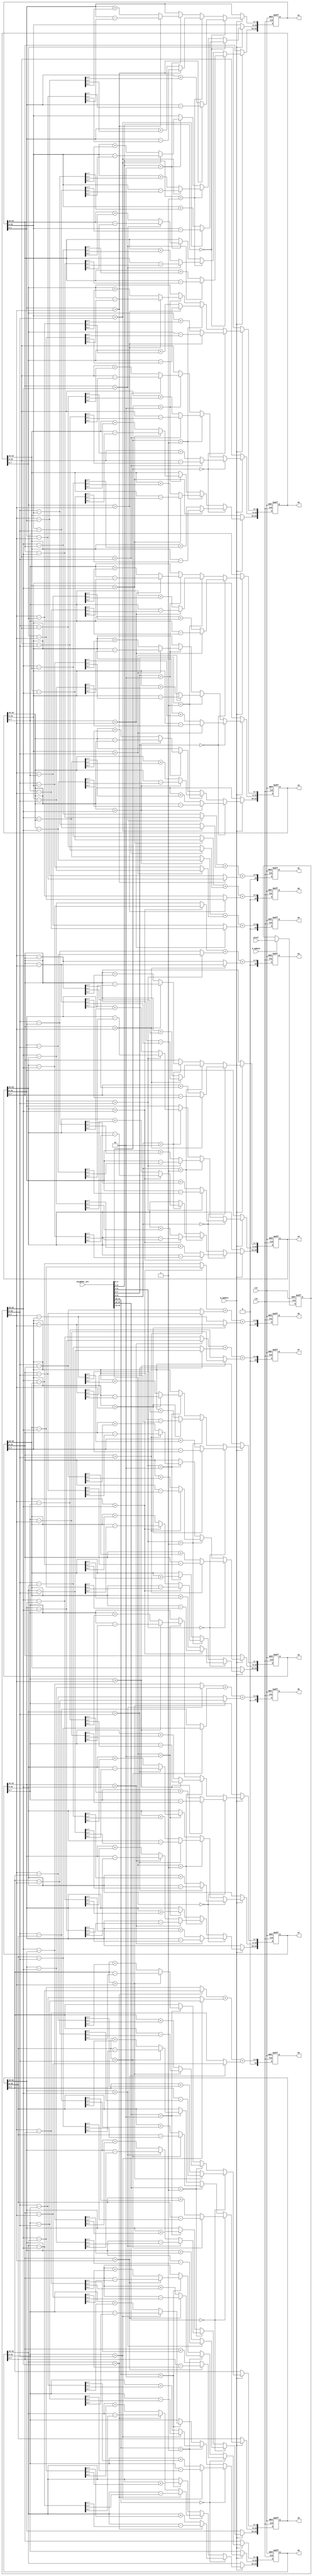
/////////////////////////////////////////////////////////////////////
// ---------------------- IVCAD 2022 Spring ---------------------- //
// ---------------------- Version : v.1.10  ---------------------- //
// ---------------------- Date : 2022.04.13 ---------------------- //
// ------------------------ VEP module --------------------------//
// ----------------- Feb. 2022 Willie authored --------------------//
/////////////////////////////////////////////////////////////////////

module VEP(clk, rst, W_update, D_update, neighbor_sel, pixel,
				d0, d1, d2, d3, d4, d5, d6, d7, w0, w1, w2, w3, w4, w5, w6, w7);

// ---------------------- input  ---------------------- //
	input clk; 
	input rst; 
	input W_update;
	input D_update;
	input [15:0] neighbor_sel; 
	input [23:0] pixel; 
	
// ---------------------- output  ---------------------- //
	output reg [10:0] d0;
	output reg [10:0] d1;
	output reg [10:0] d2;
	output reg [10:0] d3;
	output reg [10:0] d4;
	output reg [10:0] d5;
	output reg [10:0] d6;
	output reg [10:0] d7;
	output reg [23:0] w0;
	output reg [23:0] w1;
	output reg [23:0] w2;
	output reg [23:0] w3;
	output reg [23:0] w4;
	output reg [23:0] w5;
	output reg [23:0] w6;
	output reg [23:0] w7;
	
// ---------------------- Write down Your design below  ---------------------- //
reg [23:0]RAM_IF_Q_LATCH;
reg [10:0] C_store[7:0];
reg [7:0] R1[7:0];
reg [7:0] G1[7:0];
reg [7:0] B1[7:0];

always@(posedge clk or posedge rst)begin
   if(rst)begin
      RAM_IF_Q_LATCH<=24'd0;
   end
   else begin
     if(D_update)begin
          RAM_IF_Q_LATCH<=pixel;
     end 
     else begin
      
     end
  end 
end

always@(*)begin
      R1[0] = (w0[23:16]>RAM_IF_Q_LATCH[23:16])?(w0[23:16]-RAM_IF_Q_LATCH[23:16]):(RAM_IF_Q_LATCH[23:16]-w0[23:16]);
      R1[1] = (w1[23:16]>RAM_IF_Q_LATCH[23:16])?(w1[23:16]-RAM_IF_Q_LATCH[23:16]):(RAM_IF_Q_LATCH[23:16]-w1[23:16]);
      R1[2] = (w2[23:16]>RAM_IF_Q_LATCH[23:16])?(w2[23:16]-RAM_IF_Q_LATCH[23:16]):(RAM_IF_Q_LATCH[23:16]-w2[23:16]);
      R1[3] = (w3[23:16]>RAM_IF_Q_LATCH[23:16])?(w3[23:16]-RAM_IF_Q_LATCH[23:16]):(RAM_IF_Q_LATCH[23:16]-w3[23:16]);
      R1[4] = (w4[23:16]>RAM_IF_Q_LATCH[23:16])?(w4[23:16]-RAM_IF_Q_LATCH[23:16]):(RAM_IF_Q_LATCH[23:16]-w4[23:16]);
      R1[5] = (w5[23:16]>RAM_IF_Q_LATCH[23:16])?(w5[23:16]-RAM_IF_Q_LATCH[23:16]):(RAM_IF_Q_LATCH[23:16]-w5[23:16]);
      R1[6] = (w6[23:16]>RAM_IF_Q_LATCH[23:16])?(w6[23:16]-RAM_IF_Q_LATCH[23:16]):(RAM_IF_Q_LATCH[23:16]-w6[23:16]);
      R1[7] = (w7[23:16]>RAM_IF_Q_LATCH[23:16])?(w7[23:16]-RAM_IF_Q_LATCH[23:16]):(RAM_IF_Q_LATCH[23:16]-w7[23:16]);
end
always@(*)begin
      G1[0] = (w0[15:8]>RAM_IF_Q_LATCH[15:8])?(w0[15:8]-RAM_IF_Q_LATCH[15:8]):(RAM_IF_Q_LATCH[15:8]-w0[15:8]);      
      G1[1] = (w1[15:8]>RAM_IF_Q_LATCH[15:8])?(w1[15:8]-RAM_IF_Q_LATCH[15:8]):(RAM_IF_Q_LATCH[15:8]-w1[15:8]);
      G1[2] = (w2[15:8]>RAM_IF_Q_LATCH[15:8])?(w2[15:8]-RAM_IF_Q_LATCH[15:8]):(RAM_IF_Q_LATCH[15:8]-w2[15:8]);
      G1[3] = (w3[15:8]>RAM_IF_Q_LATCH[15:8])?(w3[15:8]-RAM_IF_Q_LATCH[15:8]):(RAM_IF_Q_LATCH[15:8]-w3[15:8]);
      G1[4] = (w4[15:8]>RAM_IF_Q_LATCH[15:8])?(w4[15:8]-RAM_IF_Q_LATCH[15:8]):(RAM_IF_Q_LATCH[15:8]-w4[15:8]);
      G1[5] = (w5[15:8]>RAM_IF_Q_LATCH[15:8])?(w5[15:8]-RAM_IF_Q_LATCH[15:8]):(RAM_IF_Q_LATCH[15:8]-w5[15:8]);
      G1[6] = (w6[15:8]>RAM_IF_Q_LATCH[15:8])?(w6[15:8]-RAM_IF_Q_LATCH[15:8]):(RAM_IF_Q_LATCH[15:8]-w6[15:8]);
      G1[7] = (w7[15:8]>RAM_IF_Q_LATCH[15:8])?(w7[15:8]-RAM_IF_Q_LATCH[15:8]):(RAM_IF_Q_LATCH[15:8]-w7[15:8]);
end
always@(*)begin
      B1[0] = (w0[7:0]>RAM_IF_Q_LATCH[7:0])?(w0[7:0]-RAM_IF_Q_LATCH[7:0]):(RAM_IF_Q_LATCH[7:0]-w0[7:0]);      
      B1[1] = (w1[7:0]>RAM_IF_Q_LATCH[7:0])?(w1[7:0]-RAM_IF_Q_LATCH[7:0]):(RAM_IF_Q_LATCH[7:0]-w1[7:0]);
      B1[2] = (w2[7:0]>RAM_IF_Q_LATCH[7:0])?(w2[7:0]-RAM_IF_Q_LATCH[7:0]):(RAM_IF_Q_LATCH[7:0]-w2[7:0]);
      B1[3] = (w3[7:0]>RAM_IF_Q_LATCH[7:0])?(w3[7:0]-RAM_IF_Q_LATCH[7:0]):(RAM_IF_Q_LATCH[7:0]-w3[7:0]);
      B1[4] = (w4[7:0]>RAM_IF_Q_LATCH[7:0])?(w4[7:0]-RAM_IF_Q_LATCH[7:0]):(RAM_IF_Q_LATCH[7:0]-w4[7:0]);
      B1[5] = (w5[7:0]>RAM_IF_Q_LATCH[7:0])?(w5[7:0]-RAM_IF_Q_LATCH[7:0]):(RAM_IF_Q_LATCH[7:0]-w5[7:0]);
      B1[6] = (w6[7:0]>RAM_IF_Q_LATCH[7:0])?(w6[7:0]-RAM_IF_Q_LATCH[7:0]):(RAM_IF_Q_LATCH[7:0]-w6[7:0]);
      B1[7] = (w7[7:0]>RAM_IF_Q_LATCH[7:0])?(w7[7:0]-RAM_IF_Q_LATCH[7:0]):(RAM_IF_Q_LATCH[7:0]-w7[7:0]);  
end
always@(*)begin
      C_store[0] ={3'd0,R1[0]}+{3'd0,G1[0]}+{3'd0,B1[0]};
      C_store[1] ={3'd0,R1[1]}+{3'd0,G1[1]}+{3'd0,B1[1]};
      C_store[2] ={3'd0,R1[2]}+{3'd0,G1[2]}+{3'd0,B1[2]};
      C_store[3] ={3'd0,R1[3]}+{3'd0,G1[3]}+{3'd0,B1[3]};
      C_store[4] ={3'd0,R1[4]}+{3'd0,G1[4]}+{3'd0,B1[4]};
      C_store[5] ={3'd0,R1[5]}+{3'd0,G1[5]}+{3'd0,B1[5]};
      C_store[6] ={3'd0,R1[6]}+{3'd0,G1[6]}+{3'd0,B1[6]};
      C_store[7] ={3'd0,R1[7]}+{3'd0,G1[7]}+{3'd0,B1[7]};
end


always@(posedge clk or posedge rst)begin
   if(rst)begin
     d0<=11'd0;
	 d1<=11'd0;
	 d2<=11'd0;
	 d3<=11'd0;
	 d4<=11'd0;
	 d5<=11'd0;
	 d6<=11'd0;
	 d7<=11'd0;
   end
   else begin
	   d0<= C_store[0];
	   d1<= C_store[1];
	   d2<= C_store[2];
	   d3<= C_store[3];
	   d4<= C_store[4];
	   d5<= C_store[5];
	   d6<= C_store[6];
	   d7<= C_store[7];	 
   end
end



always@(posedge clk or posedge rst)begin
   if(rst)begin
      w0<=24'b01111101_01111101_01111101;
   end
   else begin
       if(W_update)begin
           if(neighbor_sel[1:0]==2'b00)begin
              w0[23:16] <= (w0[23:16]>RAM_IF_Q_LATCH[23:16])?(w0[23:16]-((w0[23:16]-RAM_IF_Q_LATCH[23:16])>>2)):(w0[23:16]+((RAM_IF_Q_LATCH[23:16]-w0[23:16])>>2));
              w0[15: 8] <= (w0[15: 8]>RAM_IF_Q_LATCH[15: 8])?(w0[15: 8]-((w0[15: 8]-RAM_IF_Q_LATCH[15: 8])>>2)):(w0[15: 8]+((RAM_IF_Q_LATCH[15: 8]-w0[15: 8])>>2));
              w0[ 7: 0] <= (w0[ 7: 0]>RAM_IF_Q_LATCH[ 7: 0])?(w0[ 7: 0]-((w0[ 7: 0]-RAM_IF_Q_LATCH[ 7: 0])>>2)):(w0[ 7: 0]+((RAM_IF_Q_LATCH[ 7: 0]-w0[ 7: 0])>>2));
           end
           else if(neighbor_sel[1:0]==2'b01)begin
              w0[23:16] <= (w0[23:16]>RAM_IF_Q_LATCH[23:16])?(w0[23:16]-((w0[23:16]-RAM_IF_Q_LATCH[23:16])>>4)):(w0[23:16]+((RAM_IF_Q_LATCH[23:16]-w0[23:16])>>4));
              w0[15: 8] <= (w0[15: 8]>RAM_IF_Q_LATCH[15: 8])?(w0[15: 8]-((w0[15: 8]-RAM_IF_Q_LATCH[15: 8])>>4)):(w0[15: 8]+((RAM_IF_Q_LATCH[15: 8]-w0[15: 8])>>4));
              w0[ 7: 0] <= (w0[ 7: 0]>RAM_IF_Q_LATCH[ 7: 0])?(w0[ 7: 0]-((w0[ 7: 0]-RAM_IF_Q_LATCH[ 7: 0])>>4)):(w0[ 7: 0]+((RAM_IF_Q_LATCH[ 7: 0]-w0[ 7: 0])>>4));
           end
           else if(neighbor_sel[1:0]==2'b10)begin
              w0[23:16] <= (w0[23:16]>RAM_IF_Q_LATCH[23:16])?(w0[23:16]-((w0[23:16]-RAM_IF_Q_LATCH[23:16])>>5)):(w0[23:16]+((RAM_IF_Q_LATCH[23:16]-w0[23:16])>>5));
              w0[15: 8] <= (w0[15: 8]>RAM_IF_Q_LATCH[15: 8])?(w0[15: 8]-((w0[15: 8]-RAM_IF_Q_LATCH[15: 8])>>5)):(w0[15: 8]+((RAM_IF_Q_LATCH[15: 8]-w0[15: 8])>>5));
              w0[ 7: 0] <= (w0[ 7: 0]>RAM_IF_Q_LATCH[ 7: 0])?(w0[ 7: 0]-((w0[ 7: 0]-RAM_IF_Q_LATCH[ 7: 0])>>5)):(w0[ 7: 0]+((RAM_IF_Q_LATCH[ 7: 0]-w0[ 7: 0])>>5));
           end
           else begin
              w0<=w0;
           end
       end
       else begin
       
       end
   end 
end
always@(posedge clk or posedge rst)begin
   if(rst)begin
      w1<=24'b01111101_01111101_01111101;
   end
   else begin
       if(W_update)begin
           if(neighbor_sel[3:2]==2'b00)begin
              w1[23:16] <= (w1[23:16]>RAM_IF_Q_LATCH[23:16])?(w1[23:16]-((w1[23:16]-RAM_IF_Q_LATCH[23:16])>>2)):(w1[23:16]+((RAM_IF_Q_LATCH[23:16]-w1[23:16])>>2));
              w1[15: 8] <= (w1[15: 8]>RAM_IF_Q_LATCH[15: 8])?(w1[15: 8]-((w1[15: 8]-RAM_IF_Q_LATCH[15: 8])>>2)):(w1[15: 8]+((RAM_IF_Q_LATCH[15: 8]-w1[15: 8])>>2));
              w1[ 7: 0] <= (w1[ 7: 0]>RAM_IF_Q_LATCH[ 7: 0])?(w1[ 7: 0]-((w1[ 7: 0]-RAM_IF_Q_LATCH[ 7: 0])>>2)):(w1[ 7: 0]+((RAM_IF_Q_LATCH[ 7: 0]-w1[ 7: 0])>>2));
           end
           else if(neighbor_sel[3:2]==2'b01)begin
              w1[23:16] <= (w1[23:16]>RAM_IF_Q_LATCH[23:16])?(w1[23:16]-((w1[23:16]-RAM_IF_Q_LATCH[23:16])>>4)):(w1[23:16]+((RAM_IF_Q_LATCH[23:16]-w1[23:16])>>4));
              w1[15: 8] <= (w1[15: 8]>RAM_IF_Q_LATCH[15: 8])?(w1[15: 8]-((w1[15: 8]-RAM_IF_Q_LATCH[15: 8])>>4)):(w1[15: 8]+((RAM_IF_Q_LATCH[15: 8]-w1[15: 8])>>4));
              w1[ 7: 0] <= (w1[ 7: 0]>RAM_IF_Q_LATCH[ 7: 0])?(w1[ 7: 0]-((w1[ 7: 0]-RAM_IF_Q_LATCH[ 7: 0])>>4)):(w1[ 7: 0]+((RAM_IF_Q_LATCH[ 7: 0]-w1[ 7: 0])>>4));
           end
           else if(neighbor_sel[3:2]==2'b10)begin
              w1[23:16] <= (w1[23:16]>RAM_IF_Q_LATCH[23:16])?(w1[23:16]-((w1[23:16]-RAM_IF_Q_LATCH[23:16])>>5)):(w1[23:16]+((RAM_IF_Q_LATCH[23:16]-w1[23:16])>>5));
              w1[15: 8] <= (w1[15: 8]>RAM_IF_Q_LATCH[15: 8])?(w1[15: 8]-((w1[15: 8]-RAM_IF_Q_LATCH[15: 8])>>5)):(w1[15: 8]+((RAM_IF_Q_LATCH[15: 8]-w1[15: 8])>>5));
              w1[ 7: 0] <= (w1[ 7: 0]>RAM_IF_Q_LATCH[ 7: 0])?(w1[ 7: 0]-((w1[ 7: 0]-RAM_IF_Q_LATCH[ 7: 0])>>5)):(w1[ 7: 0]+((RAM_IF_Q_LATCH[ 7: 0]-w1[ 7: 0])>>5));
           end
           else begin
              w1<=w1;
           end
       end
       else begin
       
       end
   end 
end

always@(posedge clk or posedge rst)begin
   if(rst)begin
      w2<=24'b01111101_01111101_01111101;
   end
   else begin
        if(W_update)begin
           if(neighbor_sel[5:4]==2'b00)begin
              w2[23:16] <= (w2[23:16]>RAM_IF_Q_LATCH[23:16])?(w2[23:16]-((w2[23:16]-RAM_IF_Q_LATCH[23:16])>>2)):(w2[23:16]+((RAM_IF_Q_LATCH[23:16]-w2[23:16])>>2));
              w2[15: 8] <= (w2[15: 8]>RAM_IF_Q_LATCH[15: 8])?(w2[15: 8]-((w2[15: 8]-RAM_IF_Q_LATCH[15: 8])>>2)):(w2[15: 8]+((RAM_IF_Q_LATCH[15: 8]-w2[15: 8])>>2));
              w2[ 7: 0] <= (w2[ 7: 0]>RAM_IF_Q_LATCH[ 7: 0])?(w2[ 7: 0]-((w2[ 7: 0]-RAM_IF_Q_LATCH[ 7: 0])>>2)):(w2[ 7: 0]+((RAM_IF_Q_LATCH[ 7: 0]-w2[ 7: 0])>>2));
           end
           else if(neighbor_sel[5:4]==2'b01)begin
              w2[23:16] <= (w2[23:16]>RAM_IF_Q_LATCH[23:16])?(w2[23:16]-((w2[23:16]-RAM_IF_Q_LATCH[23:16])>>4)):(w2[23:16]+((RAM_IF_Q_LATCH[23:16]-w2[23:16])>>4));
              w2[15: 8] <= (w2[15: 8]>RAM_IF_Q_LATCH[15: 8])?(w2[15: 8]-((w2[15: 8]-RAM_IF_Q_LATCH[15: 8])>>4)):(w2[15: 8]+((RAM_IF_Q_LATCH[15: 8]-w2[15: 8])>>4));
              w2[ 7: 0] <= (w2[ 7: 0]>RAM_IF_Q_LATCH[ 7: 0])?(w2[ 7: 0]-((w2[ 7: 0]-RAM_IF_Q_LATCH[ 7: 0])>>4)):(w2[ 7: 0]+((RAM_IF_Q_LATCH[ 7: 0]-w2[ 7: 0])>>4));
           end
           else if(neighbor_sel[5:4]==2'b10)begin
              w2[23:16] <= (w2[23:16]>RAM_IF_Q_LATCH[23:16])?(w2[23:16]-((w2[23:16]-RAM_IF_Q_LATCH[23:16])>>5)):(w2[23:16]+((RAM_IF_Q_LATCH[23:16]-w2[23:16])>>5));
              w2[15: 8] <= (w2[15: 8]>RAM_IF_Q_LATCH[15: 8])?(w2[15: 8]-((w2[15: 8]-RAM_IF_Q_LATCH[15: 8])>>5)):(w2[15: 8]+((RAM_IF_Q_LATCH[15: 8]-w2[15: 8])>>5));
              w2[ 7: 0] <= (w2[ 7: 0]>RAM_IF_Q_LATCH[ 7: 0])?(w2[ 7: 0]-((w2[ 7: 0]-RAM_IF_Q_LATCH[ 7: 0])>>5)):(w2[ 7: 0]+((RAM_IF_Q_LATCH[ 7: 0]-w2[ 7: 0])>>5));
           end
           else begin
              w2<=w2;
           end
       end
       else begin
       
       end
   end 
end
always@(posedge clk or posedge rst)begin
   if(rst)begin
      w3<=24'b01111101_01111101_01111101;
   end
   else begin
       if(W_update)begin
           if(neighbor_sel[7:6]==2'b00)begin
              w3[23:16] <= (w3[23:16]>RAM_IF_Q_LATCH[23:16])?(w3[23:16]-((w3[23:16]-RAM_IF_Q_LATCH[23:16])>>2)):(w3[23:16]+((RAM_IF_Q_LATCH[23:16]-w3[23:16])>>2));
              w3[15: 8] <= (w3[15: 8]>RAM_IF_Q_LATCH[15: 8])?(w3[15: 8]-((w3[15: 8]-RAM_IF_Q_LATCH[15: 8])>>2)):(w3[15: 8]+((RAM_IF_Q_LATCH[15: 8]-w3[15: 8])>>2));
              w3[ 7: 0] <= (w3[ 7: 0]>RAM_IF_Q_LATCH[ 7: 0])?(w3[ 7: 0]-((w3[ 7: 0]-RAM_IF_Q_LATCH[ 7: 0])>>2)):(w3[ 7: 0]+((RAM_IF_Q_LATCH[ 7: 0]-w3[ 7: 0])>>2));
           end
           else if(neighbor_sel[7:6]==2'b01)begin
              w3[23:16] <= (w3[23:16]>RAM_IF_Q_LATCH[23:16])?(w3[23:16]-((w3[23:16]-RAM_IF_Q_LATCH[23:16])>>4)):(w3[23:16]+((RAM_IF_Q_LATCH[23:16]-w3[23:16])>>4));
              w3[15: 8] <= (w3[15: 8]>RAM_IF_Q_LATCH[15: 8])?(w3[15: 8]-((w3[15: 8]-RAM_IF_Q_LATCH[15: 8])>>4)):(w3[15: 8]+((RAM_IF_Q_LATCH[15: 8]-w3[15: 8])>>4));
              w3[ 7: 0] <= (w3[ 7: 0]>RAM_IF_Q_LATCH[ 7: 0])?(w3[ 7: 0]-((w3[ 7: 0]-RAM_IF_Q_LATCH[ 7: 0])>>4)):(w3[ 7: 0]+((RAM_IF_Q_LATCH[ 7: 0]-w3[ 7: 0])>>4));
           end
           else if(neighbor_sel[7:6]==2'b10)begin
              w3[23:16] <= (w3[23:16]>RAM_IF_Q_LATCH[23:16])?(w3[23:16]-((w3[23:16]-RAM_IF_Q_LATCH[23:16])>>5)):(w3[23:16]+((RAM_IF_Q_LATCH[23:16]-w3[23:16])>>5));
              w3[15: 8] <= (w3[15: 8]>RAM_IF_Q_LATCH[15: 8])?(w3[15: 8]-((w3[15: 8]-RAM_IF_Q_LATCH[15: 8])>>5)):(w3[15: 8]+((RAM_IF_Q_LATCH[15: 8]-w3[15: 8])>>5));
              w3[ 7: 0] <= (w3[ 7: 0]>RAM_IF_Q_LATCH[ 7: 0])?(w3[ 7: 0]-((w3[ 7: 0]-RAM_IF_Q_LATCH[ 7: 0])>>5)):(w3[ 7: 0]+((RAM_IF_Q_LATCH[ 7: 0]-w3[ 7: 0])>>5));
           end
           else begin
              w3<=w3;
           end
       end
       else begin
       
       end
   end 
end
always@(posedge clk or posedge rst)begin
   if(rst)begin
      w4<=24'b01111101_01111101_01111101;
   end
   else begin
       if(W_update)begin
           if(neighbor_sel[9:8]==2'b00)begin
              w4[23:16] <= (w4[23:16]>RAM_IF_Q_LATCH[23:16])?(w4[23:16]-((w4[23:16]-RAM_IF_Q_LATCH[23:16])>>2)):(w4[23:16]+((RAM_IF_Q_LATCH[23:16]-w4[23:16])>>2));
              w4[15: 8] <= (w4[15: 8]>RAM_IF_Q_LATCH[15: 8])?(w4[15: 8]-((w4[15: 8]-RAM_IF_Q_LATCH[15: 8])>>2)):(w4[15: 8]+((RAM_IF_Q_LATCH[15: 8]-w4[15: 8])>>2));
              w4[ 7: 0] <= (w4[ 7: 0]>RAM_IF_Q_LATCH[ 7: 0])?(w4[ 7: 0]-((w4[ 7: 0]-RAM_IF_Q_LATCH[ 7: 0])>>2)):(w4[ 7: 0]+((RAM_IF_Q_LATCH[ 7: 0]-w4[ 7: 0])>>2));
           end
           else if(neighbor_sel[9:8]==2'b01)begin
              w4[23:16] <= (w4[23:16]>RAM_IF_Q_LATCH[23:16])?(w4[23:16]-((w4[23:16]-RAM_IF_Q_LATCH[23:16])>>4)):(w4[23:16]+((RAM_IF_Q_LATCH[23:16]-w4[23:16])>>4));
              w4[15: 8] <= (w4[15: 8]>RAM_IF_Q_LATCH[15: 8])?(w4[15: 8]-((w4[15: 8]-RAM_IF_Q_LATCH[15: 8])>>4)):(w4[15: 8]+((RAM_IF_Q_LATCH[15: 8]-w4[15: 8])>>4));
              w4[ 7: 0] <= (w4[ 7: 0]>RAM_IF_Q_LATCH[ 7: 0])?(w4[ 7: 0]-((w4[ 7: 0]-RAM_IF_Q_LATCH[ 7: 0])>>4)):(w4[ 7: 0]+((RAM_IF_Q_LATCH[ 7: 0]-w4[ 7: 0])>>4));
           end
           else if(neighbor_sel[9:8]==2'b10)begin
              w4[23:16] <= (w4[23:16]>RAM_IF_Q_LATCH[23:16])?(w4[23:16]-((w4[23:16]-RAM_IF_Q_LATCH[23:16])>>5)):(w4[23:16]+((RAM_IF_Q_LATCH[23:16]-w4[23:16])>>5));
              w4[15: 8] <= (w4[15: 8]>RAM_IF_Q_LATCH[15: 8])?(w4[15: 8]-((w4[15: 8]-RAM_IF_Q_LATCH[15: 8])>>5)):(w4[15: 8]+((RAM_IF_Q_LATCH[15: 8]-w4[15: 8])>>5));
              w4[ 7: 0] <= (w4[ 7: 0]>RAM_IF_Q_LATCH[ 7: 0])?(w4[ 7: 0]-((w4[ 7: 0]-RAM_IF_Q_LATCH[ 7: 0])>>5)):(w4[ 7: 0]+((RAM_IF_Q_LATCH[ 7: 0]-w4[ 7: 0])>>5));
           end
           else begin
              w4<=w4;
           end
       end
       else begin
       
       end
   end 
end
always@(posedge clk or posedge rst)begin
   if(rst)begin
      w5<=24'b01111101_01111101_01111101;
   end
   else begin
       if(W_update)begin
           if(neighbor_sel[11:10]==2'b00)begin
              w5[23:16] <= (w5[23:16]>RAM_IF_Q_LATCH[23:16])?(w5[23:16]-((w5[23:16]-RAM_IF_Q_LATCH[23:16])>>2)):(w5[23:16]+((RAM_IF_Q_LATCH[23:16]-w5[23:16])>>2));
              w5[15: 8] <= (w5[15: 8]>RAM_IF_Q_LATCH[15: 8])?(w5[15: 8]-((w5[15: 8]-RAM_IF_Q_LATCH[15: 8])>>2)):(w5[15: 8]+((RAM_IF_Q_LATCH[15: 8]-w5[15: 8])>>2));
              w5[ 7: 0] <= (w5[ 7: 0]>RAM_IF_Q_LATCH[ 7: 0])?(w5[ 7: 0]-((w5[ 7: 0]-RAM_IF_Q_LATCH[ 7: 0])>>2)):(w5[ 7: 0]+((RAM_IF_Q_LATCH[ 7: 0]-w5[ 7: 0])>>2));
           end
           else if(neighbor_sel[11:10]==2'b01)begin
              w5[23:16] <= (w5[23:16]>RAM_IF_Q_LATCH[23:16])?(w5[23:16]-((w5[23:16]-RAM_IF_Q_LATCH[23:16])>>4)):(w5[23:16]+((RAM_IF_Q_LATCH[23:16]-w5[23:16])>>4));
              w5[15: 8] <= (w5[15: 8]>RAM_IF_Q_LATCH[15: 8])?(w5[15: 8]-((w5[15: 8]-RAM_IF_Q_LATCH[15: 8])>>4)):(w5[15: 8]+((RAM_IF_Q_LATCH[15: 8]-w5[15: 8])>>4));
              w5[ 7: 0] <= (w5[ 7: 0]>RAM_IF_Q_LATCH[ 7: 0])?(w5[ 7: 0]-((w5[ 7: 0]-RAM_IF_Q_LATCH[ 7: 0])>>4)):(w5[ 7: 0]+((RAM_IF_Q_LATCH[ 7: 0]-w5[ 7: 0])>>4));
           end
           else if(neighbor_sel[11:10]==2'b10)begin
              w5[23:16] <= (w5[23:16]>RAM_IF_Q_LATCH[23:16])?(w5[23:16]-((w5[23:16]-RAM_IF_Q_LATCH[23:16])>>5)):(w5[23:16]+((RAM_IF_Q_LATCH[23:16]-w5[23:16])>>5));
              w5[15: 8] <= (w5[15: 8]>RAM_IF_Q_LATCH[15: 8])?(w5[15: 8]-((w5[15: 8]-RAM_IF_Q_LATCH[15: 8])>>5)):(w5[15: 8]+((RAM_IF_Q_LATCH[15: 8]-w5[15: 8])>>5));
              w5[ 7: 0] <= (w5[ 7: 0]>RAM_IF_Q_LATCH[ 7: 0])?(w5[ 7: 0]-((w5[ 7: 0]-RAM_IF_Q_LATCH[ 7: 0])>>5)):(w5[ 7: 0]+((RAM_IF_Q_LATCH[ 7: 0]-w5[ 7: 0])>>5));
           end
           else begin
              w5<=w5;
           end
       end
       else begin
       
       end
   end 
end
always@(posedge clk or posedge rst)begin
   if(rst)begin
      w6<=24'b01111101_01111101_01111101;
   end
   else begin
       if(W_update)begin
           if(neighbor_sel[13:12]==2'b00)begin
              w6[23:16] <= (w6[23:16]>RAM_IF_Q_LATCH[23:16])?(w6[23:16]-((w6[23:16]-RAM_IF_Q_LATCH[23:16])>>2)):(w6[23:16]+((RAM_IF_Q_LATCH[23:16]-w6[23:16])>>2));
              w6[15: 8] <= (w6[15: 8]>RAM_IF_Q_LATCH[15: 8])?(w6[15: 8]-((w6[15: 8]-RAM_IF_Q_LATCH[15: 8])>>2)):(w6[15: 8]+((RAM_IF_Q_LATCH[15: 8]-w6[15: 8])>>2));
              w6[ 7: 0] <= (w6[ 7: 0]>RAM_IF_Q_LATCH[ 7: 0])?(w6[ 7: 0]-((w6[ 7: 0]-RAM_IF_Q_LATCH[ 7: 0])>>2)):(w6[ 7: 0]+((RAM_IF_Q_LATCH[ 7: 0]-w6[ 7: 0])>>2));
           end
           else if(neighbor_sel[13:12]==2'b01)begin
              w6[23:16] <= (w6[23:16]>RAM_IF_Q_LATCH[23:16])?(w6[23:16]-((w6[23:16]-RAM_IF_Q_LATCH[23:16])>>4)):(w6[23:16]+((RAM_IF_Q_LATCH[23:16]-w6[23:16])>>4));
              w6[15: 8] <= (w6[15: 8]>RAM_IF_Q_LATCH[15: 8])?(w6[15: 8]-((w6[15: 8]-RAM_IF_Q_LATCH[15: 8])>>4)):(w6[15: 8]+((RAM_IF_Q_LATCH[15: 8]-w6[15: 8])>>4));
              w6[ 7: 0] <= (w6[ 7: 0]>RAM_IF_Q_LATCH[ 7: 0])?(w6[ 7: 0]-((w6[ 7: 0]-RAM_IF_Q_LATCH[ 7: 0])>>4)):(w6[ 7: 0]+((RAM_IF_Q_LATCH[ 7: 0]-w6[ 7: 0])>>4));
           end
           else if(neighbor_sel[13:12]==2'b10)begin
              w6[23:16] <= (w6[23:16]>RAM_IF_Q_LATCH[23:16])?(w6[23:16]-((w6[23:16]-RAM_IF_Q_LATCH[23:16])>>5)):(w6[23:16]+((RAM_IF_Q_LATCH[23:16]-w6[23:16])>>5));
              w6[15: 8] <= (w6[15: 8]>RAM_IF_Q_LATCH[15: 8])?(w6[15: 8]-((w6[15: 8]-RAM_IF_Q_LATCH[15: 8])>>5)):(w6[15: 8]+((RAM_IF_Q_LATCH[15: 8]-w6[15: 8])>>5));
              w6[ 7: 0] <= (w6[ 7: 0]>RAM_IF_Q_LATCH[ 7: 0])?(w6[ 7: 0]-((w6[ 7: 0]-RAM_IF_Q_LATCH[ 7: 0])>>5)):(w6[ 7: 0]+((RAM_IF_Q_LATCH[ 7: 0]-w6[ 7: 0])>>5));
           end
           else begin
              w6<=w6;
           end
       end
       else begin
       
       end
   end 
end
always@(posedge clk or posedge rst)begin
   if(rst)begin
      w7<=24'b01111101_01111101_01111101;
   end
   else begin
       if(W_update)begin
           if(neighbor_sel[15:14]==2'b00)begin
              w7[23:16] <= (w7[23:16]>RAM_IF_Q_LATCH[23:16])?(w7[23:16]-((w7[23:16]-RAM_IF_Q_LATCH[23:16])>>2)):(w7[23:16]+((RAM_IF_Q_LATCH[23:16]-w7[23:16])>>2));
              w7[15: 8] <= (w7[15: 8]>RAM_IF_Q_LATCH[15: 8])?(w7[15: 8]-((w7[15: 8]-RAM_IF_Q_LATCH[15: 8])>>2)):(w7[15: 8]+((RAM_IF_Q_LATCH[15: 8]-w7[15: 8])>>2));
              w7[ 7: 0] <= (w7[ 7: 0]>RAM_IF_Q_LATCH[ 7: 0])?(w7[ 7: 0]-((w7[ 7: 0]-RAM_IF_Q_LATCH[ 7: 0])>>2)):(w7[ 7: 0]+((RAM_IF_Q_LATCH[ 7: 0]-w7[ 7: 0])>>2));
           end
           else if(neighbor_sel[15:14]==2'b01)begin
              w7[23:16] <= (w7[23:16]>RAM_IF_Q_LATCH[23:16])?(w7[23:16]-((w7[23:16]-RAM_IF_Q_LATCH[23:16])>>4)):(w7[23:16]+((RAM_IF_Q_LATCH[23:16]-w7[23:16])>>4));
              w7[15: 8] <= (w7[15: 8]>RAM_IF_Q_LATCH[15: 8])?(w7[15: 8]-((w7[15: 8]-RAM_IF_Q_LATCH[15: 8])>>4)):(w7[15: 8]+((RAM_IF_Q_LATCH[15: 8]-w7[15: 8])>>4));
              w7[ 7: 0] <= (w7[ 7: 0]>RAM_IF_Q_LATCH[ 7: 0])?(w7[ 7: 0]-((w7[ 7: 0]-RAM_IF_Q_LATCH[ 7: 0])>>4)):(w7[ 7: 0]+((RAM_IF_Q_LATCH[ 7: 0]-w7[ 7: 0])>>4));
           end
           else if(neighbor_sel[15:14]==2'b10)begin
              w7[23:16] <= (w7[23:16]>RAM_IF_Q_LATCH[23:16])?(w7[23:16]-((w7[23:16]-RAM_IF_Q_LATCH[23:16])>>5)):(w7[23:16]+((RAM_IF_Q_LATCH[23:16]-w7[23:16])>>5));
              w7[15: 8] <= (w7[15: 8]>RAM_IF_Q_LATCH[15: 8])?(w7[15: 8]-((w7[15: 8]-RAM_IF_Q_LATCH[15: 8])>>5)):(w7[15: 8]+((RAM_IF_Q_LATCH[15: 8]-w7[15: 8])>>5));
              w7[ 7: 0] <= (w7[ 7: 0]>RAM_IF_Q_LATCH[ 7: 0])?(w7[ 7: 0]-((w7[ 7: 0]-RAM_IF_Q_LATCH[ 7: 0])>>5)):(w7[ 7: 0]+((RAM_IF_Q_LATCH[ 7: 0]-w7[ 7: 0])>>5));
           end
           else begin
              w7<=w7;
           end
       end
       else begin
       
       end
   end 
end


endmodule